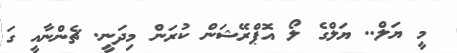
މީ ޔަލް.. ޔަލްގެ ލޯ އޮޕްރޭޝަން ކުރަން މިދަނީ. ޗެންނާއީ ގަ